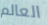
العالم